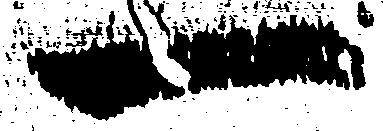
一